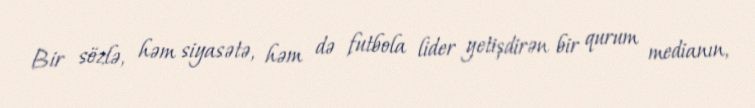
Bir sözlə, həm siyasətə, həm də futbola lider yetişdirən bir qurum medianın,